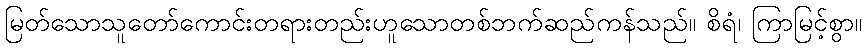
မြတ်သောသူတော်ကောင်းတရားတည်းဟူသောတစ်ဘက်ဆည်ကန်သည်။ စိရံ၊ ကြာမြင့်စွာ။